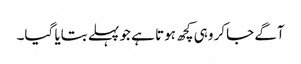
آگے جاکر وہی کچھ ہوتا ہے جو پہلے بتایا گیا۔